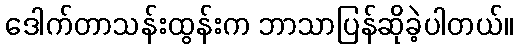
ဒေါက်တာသန်းထွန်းက ဘာသာပြန်ဆိုခဲ့ပါတယ်။